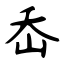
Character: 岙